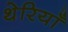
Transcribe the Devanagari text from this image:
थेरियाँ